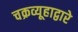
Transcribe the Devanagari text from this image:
चक्रव्यूहाद्वारे